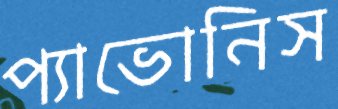
প্যাভোনিস